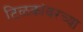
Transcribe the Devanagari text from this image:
टिळकांवरच्या